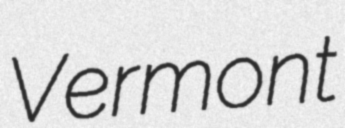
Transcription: Vermont